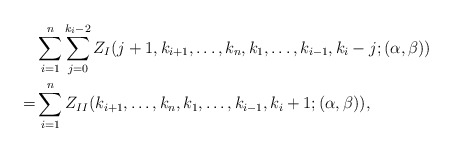
\begin{align*}\begin{aligned}&\sum_{i=1}^{n}\sum_{j=0}^{k_i-2}Z_{I}(j+1,k_{i+1},\ldots,k_n,k_1,\ldots,k_{i-1},k_i-j;(\alpha,\beta))\\=&\sum_{i=1}^{n}Z_{II}(k_{i+1},\ldots,k_n,k_1,\ldots,k_{i-1},k_i+1;(\alpha,\beta)),\end{aligned}\end{align*}